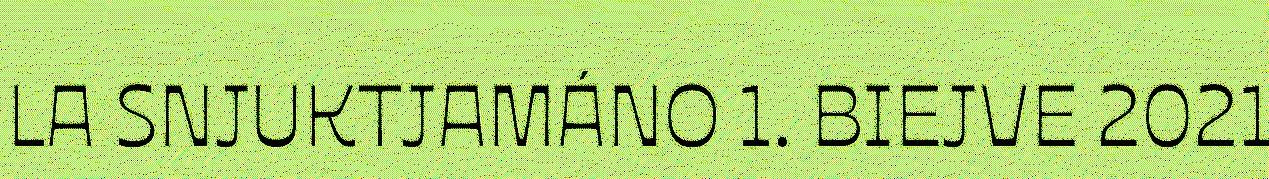
LA SNJUKTJAMÁNO 1. BIEJVE 2021